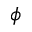
\phi